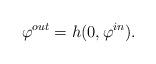
LaTeX: \begin{align*}\varphi^{out}=h(0,\varphi^{in}).\end{align*}